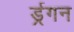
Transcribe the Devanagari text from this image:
र्ड्रगन